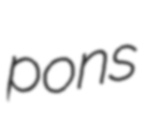
pons